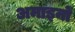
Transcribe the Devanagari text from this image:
अमाइनों